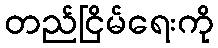
တည်ငြိမ်ရေးကို